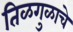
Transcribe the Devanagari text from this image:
तिळगुळाचे